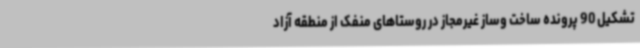
تشکیل 90 پرونده ساخت وساز غیرمجاز در روستاهای منفک از منطقه آزاد